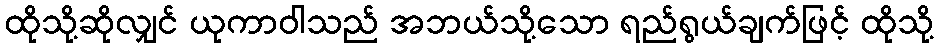
ထိုသို့ဆိုလျှင် ယုကာဝါသည် အဘယ်သို့သော ရည်ရွယ်ချက်ဖြင့် ထိုသို့